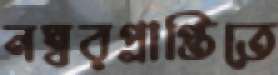
নম্বরপ্রাপ্তিতে